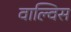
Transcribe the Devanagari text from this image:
वाल्विस